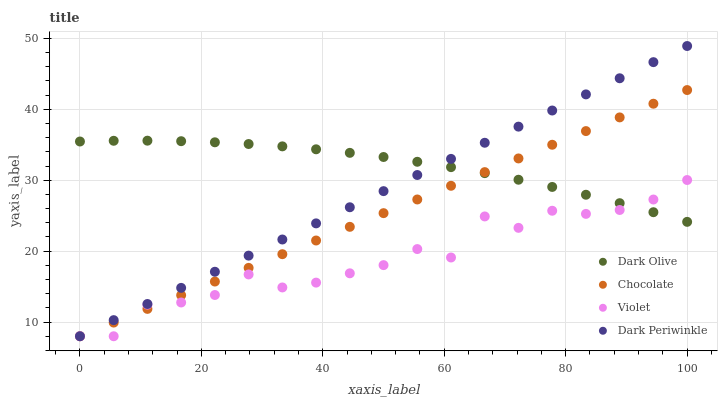
| xaxis_label | Dark Olive | Chocolate | Violet | Dark Periwinkle |
 | --- | --- | --- | --- | --- |
 | 0 | 35.5 | 8 | 8 | 8 |
 | 5.56 | 35.6 | 9.93 | 8 | 10.3 |
 | 11.1 | 35.6 | 11.9 | 12.5 | 12.5 |
 | 16.7 | 35.5 | 13.8 | 12.8 | 14.8 |
 | 22.2 | 35.3 | 15.7 | 13.8 | 17.1 |
 | 27.8 | 35.1 | 17.6 | 16.7 | 19.4 |
 | 33.3 | 34.8 | 19.6 | 14.9 | 21.6 |
 | 38.9 | 34.4 | 21.5 | 15.6 | 23.9 |
 | 44.4 | 33.9 | 23.4 | 16.9 | 26.2 |
 | 50 | 33.3 | 25.4 | 18 | 28.5 |
 | 55.6 | 32.6 | 27.3 | 20.3 | 30.7 |
 | 61.1 | 31.8 | 29.2 | 19.1 | 33 |
 | 66.7 | 31 | 31.1 | 24.9 | 35.3 |
 | 72.2 | 30.1 | 33.1 | 23.3 | 37.6 |
 | 77.8 | 29.1 | 35 | 25.7 | 39.8 |
 | 83.3 | 28 | 36.9 | 25.3 | 42.1 |
 | 88.9 | 26.8 | 38.9 | 25.8 | 44.4 |
 | 94.4 | 25.5 | 40.8 | 27.3 | 46.7 |
 | 100 | 24.1 | 42.7 | 30 | 48.9 |